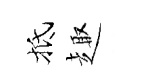
抵趣